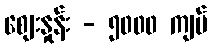
စျေးနှုန်း - ၅၀၀၀ ကျပ်